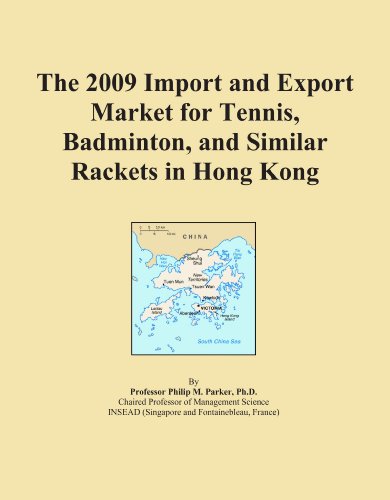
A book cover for The 2009 Import and Export Market for Tennis, Badminton, and Similar Rackets in Hong Kong; Icon Group International; Sports & Outdoors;